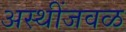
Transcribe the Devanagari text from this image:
अस्थींजवळ